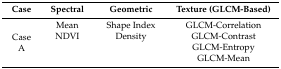
<table><thead><tr><td><b>Case</b></td><td><b>Spectral</b></td><td><b>Geometric</b></td><td><b>Texture (GLCM-Based)</b></td></tr></thead><tbody><tr><td rowspan="4">Case A</td><td>Mean</td><td>Shape Index</td><td>GLCM-Correlation</td></tr><tr><td>NDVI</td><td>Density</td><td>GLCM-Contrast</td></tr><tr><td></td><td></td><td>GLCM-Entropy</td></tr><tr><td></td><td></td><td>GLCM-Mean</td></tr></tbody></table>